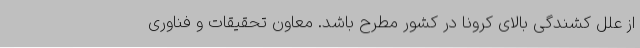
از علل کشندگی بالای کرونا در کشور مطرح باشد. معاون تحقیقات و فناوری